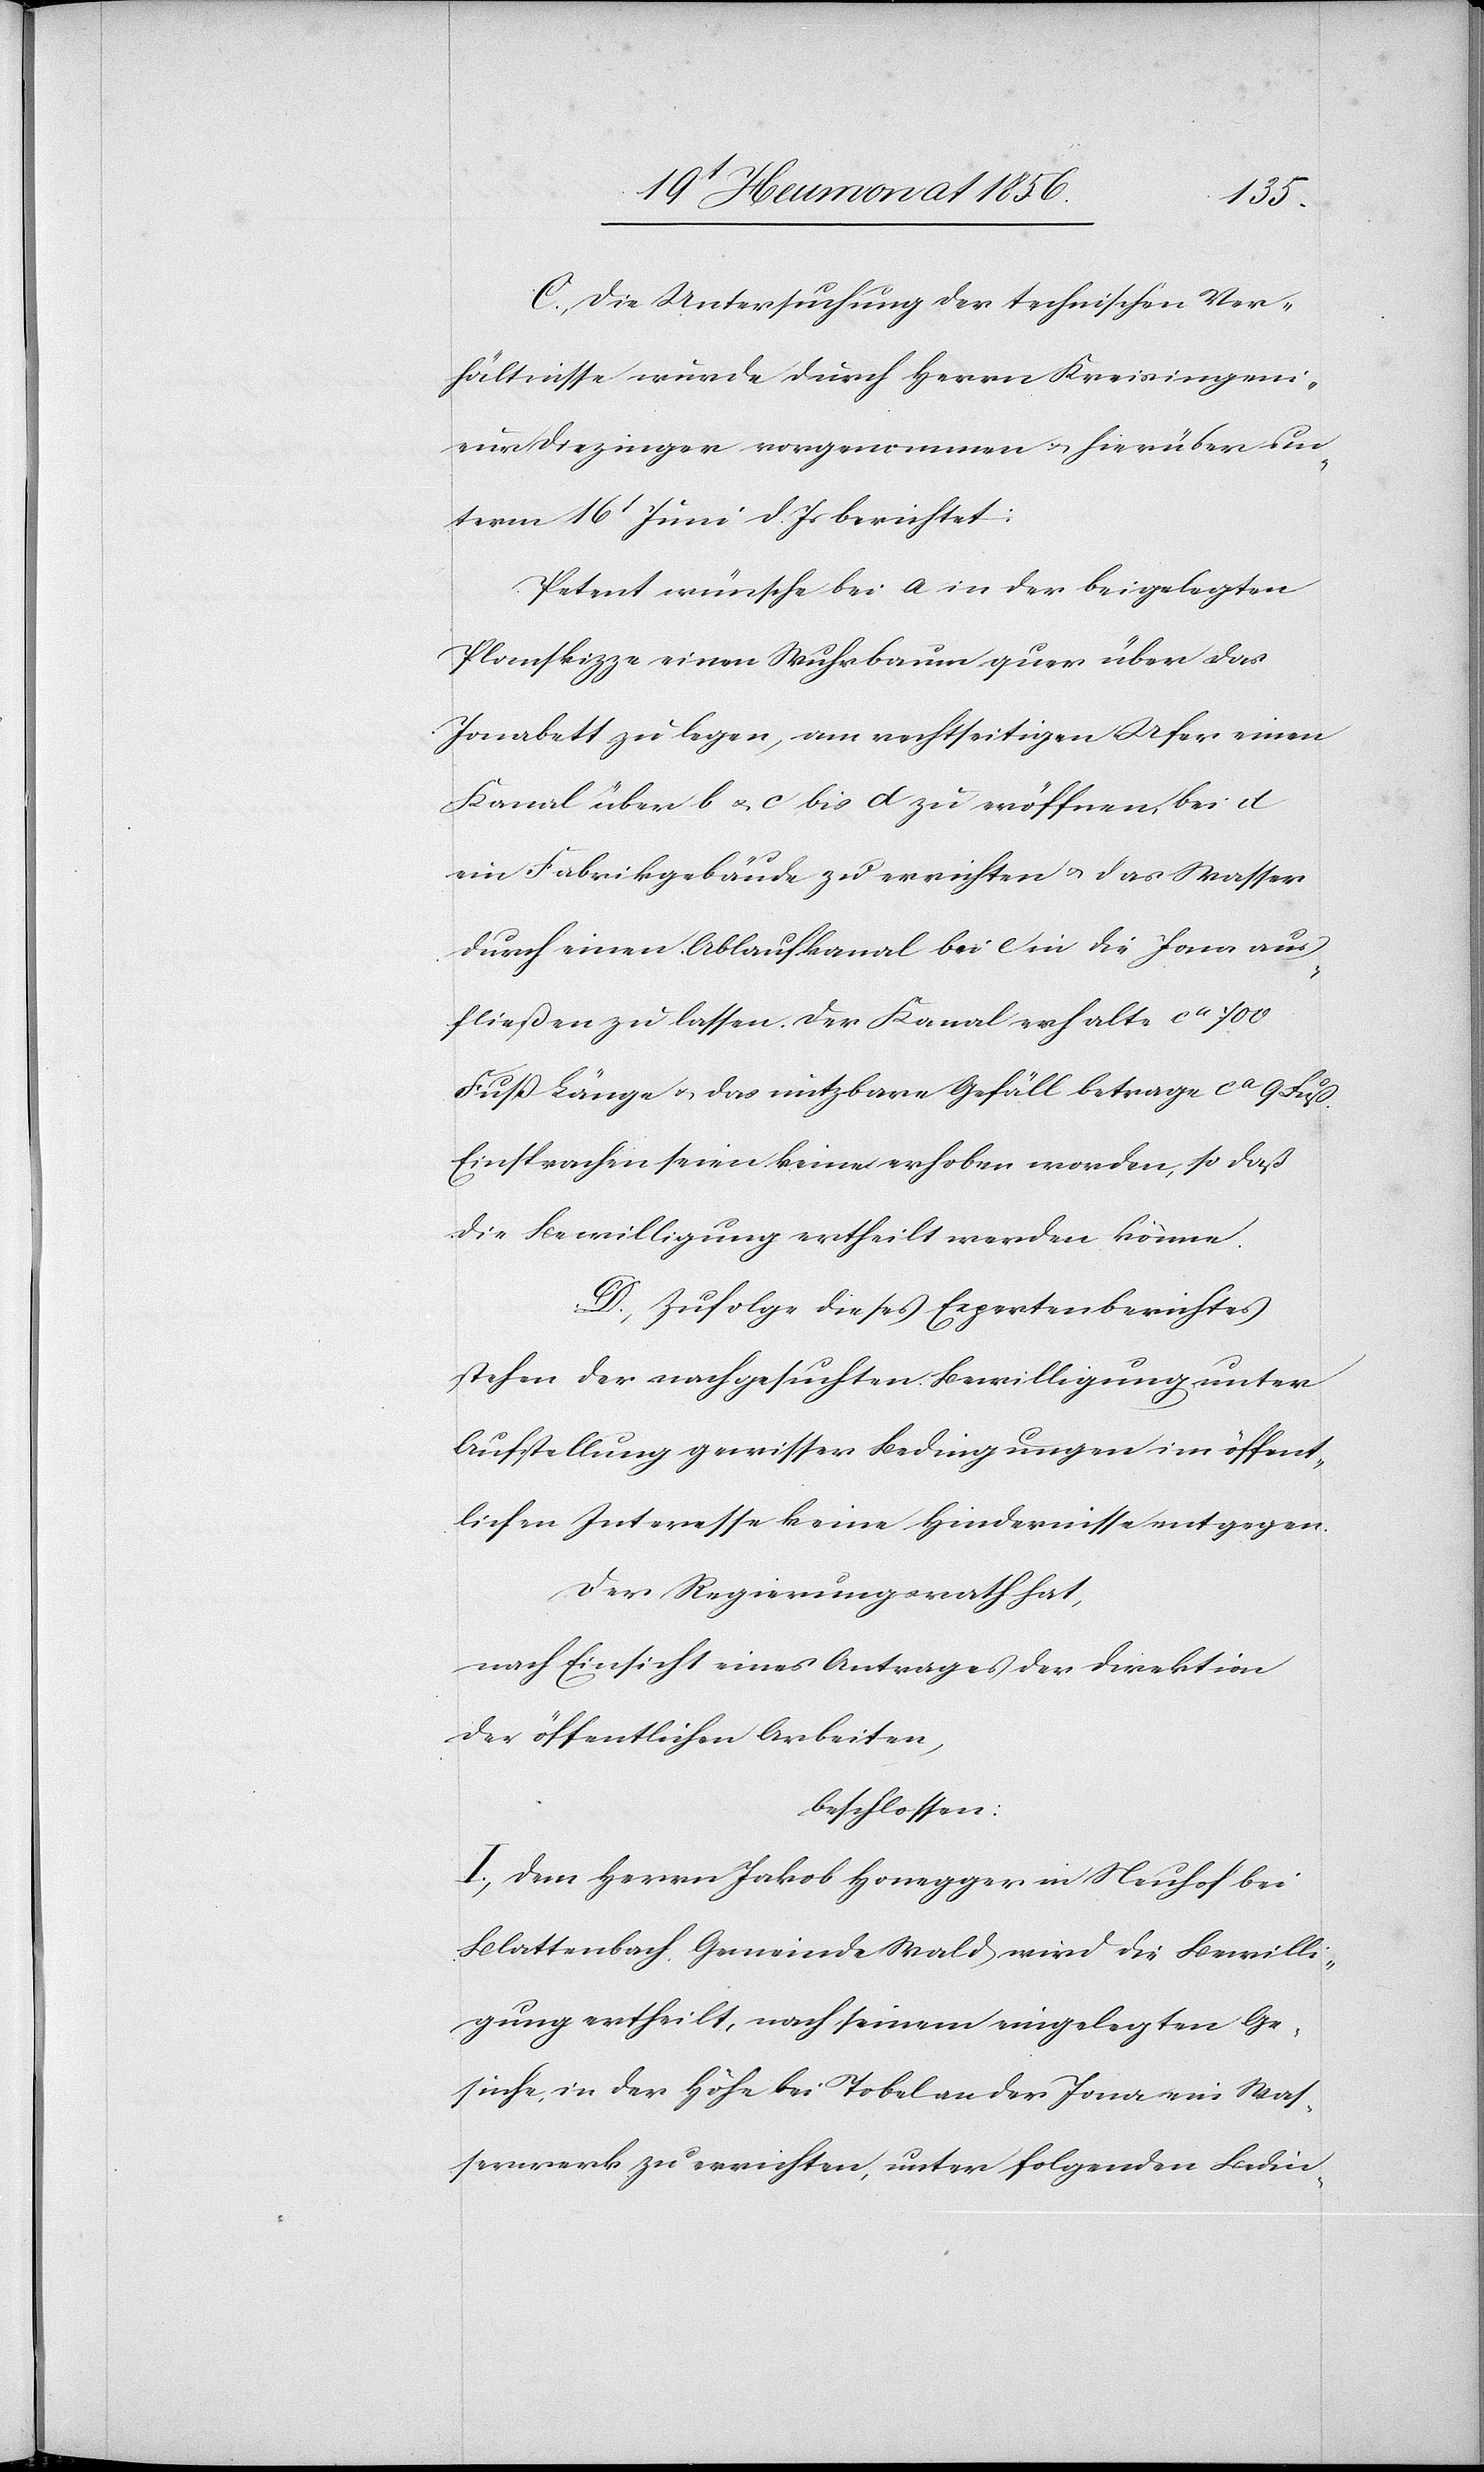
C. Die Untersuchung der technischen Ver¬
hältnisse wurde durch Herrn Kreisingeni¬
eur Diezinger vorgenommen u. hierüber un¬
term 16t Juni d. Js berichtet:
Petent wünsche bei a in der beigelegten
Planskizze einen Wuhrbaum quer über das
Jonabett zu legen, am rechtseitigen Ufer einen
Kanal über b u. c. bis d zu eröffnen, bei d
ein Fabrikgebäude zu errichten u. das Wasser
durch einen Ablaufkanal bei c in die Jona aus¬
fließen zu lassen. Der Kanal erhalte ca 700
Fuß Länge u. das nutzbare Gefäll ca 9 Fuß.
Einsprachen seien keine erhoben worden, so daß
die Bewilligung ertheilt werden könne.
D. Zufolge dieses Expertenberichtes
stehen der nachgesuchten Bewilligung unter
Aufstellung gewisser Bedingungen im öffent¬
lichen Interesse keine Hindernisse entgegen.
Der Regierungsrath hat,
nach Einsicht eines Antrages der Direktion
der öffentlichen Arbeiten,
beschlossen:
I.) Dem Herrn Jakob Honegger in Neuhof bei
Blattenbach, Gemeinde Wald wird die Bewilli¬
gung ertheilt, nach seinem eingelegten Ge¬
suche, in der Höhe bei Tobel an der Jona ein Was¬
serwerk zu errichten, unter folgenden Bedin-